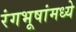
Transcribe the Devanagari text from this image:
रंगभूषांमध्ये